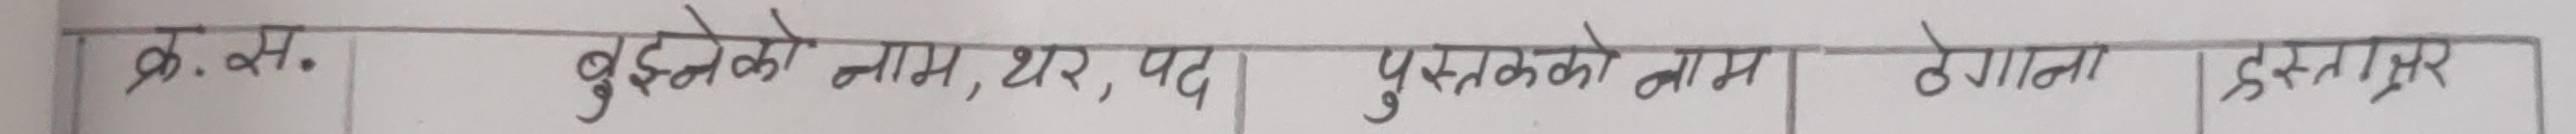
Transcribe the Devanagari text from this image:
क्र. सं. वुझ्नेको नाम, थर, पद पुस्तकको नाम दे. गा. हस्ताक्षर